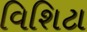
વિશિટા